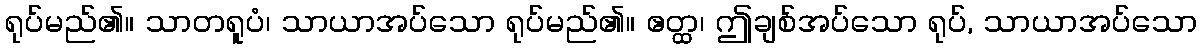
ရုပ်မည်၏။ သာတရူပံ၊ သာယာအပ်သော ရုပ်မည်၏။ ဧတ္ထ၊ ဤချစ်အပ်သော ရုပ်, သာယာအပ်သော